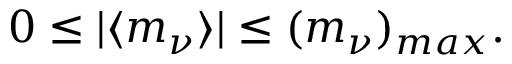
0 \leq | \langle m _ { \nu } \rangle | \leq ( m _ { \nu } ) _ { m a x } .